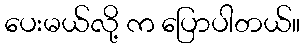
ပေးမယ်လို့ က ပြောပါတယ်။